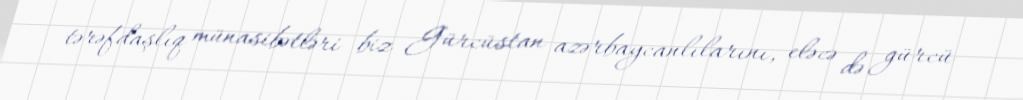
tərəfdaşlıq münasibətləri biz Gürcüstan azərbaycanlılarını, eləcə də gürcü